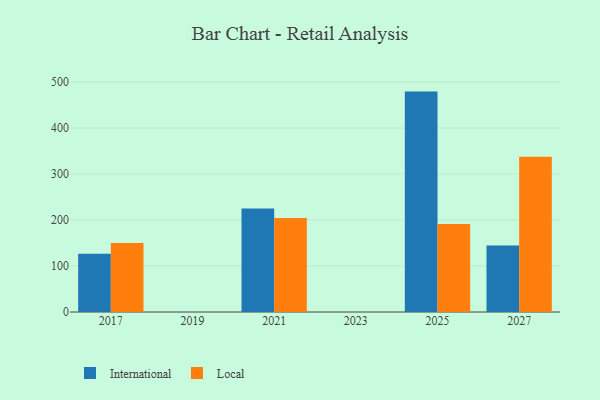
{"axis": {"x": "Year", "y": "Latency (ms)"}, "legend": ["International", "Local"], "data": [{"x": "2025", "y": 479.3, "type": "International"}, {"x": "2025", "y": 191.4, "type": "Local"}, {"x": "2017", "y": 126.5, "type": "International"}, {"x": "2017", "y": 150.3, "type": "Local"}, {"x": "2027", "y": 144.7, "type": "International"}, {"x": "2027", "y": 337.4, "type": "Local"}, {"x": "2021", "y": 225.0, "type": "International"}, {"x": "2021", "y": 204.2, "type": "Local"}]}